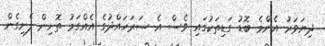
ދިޔަވަރު އެންމެ ބޮޑު ގަޑިތަކުގައި ވެސް އެ ސަރަހައްދުގެ އެއްގަމު ތޮށިން ފެށިގެން